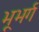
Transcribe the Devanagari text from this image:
भूभर्ग